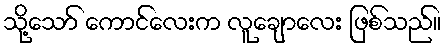
သို့သော် ကောင်လေးက လူချောလေး ဖြစ်သည်။